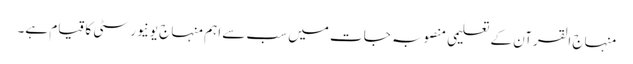
منہاج القرآن کے تعلیمی منصوبہ جات میں سب سے اہم منہاج یونیورسٹی کا قیام ہے۔